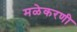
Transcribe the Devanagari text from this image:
मळेकरणी